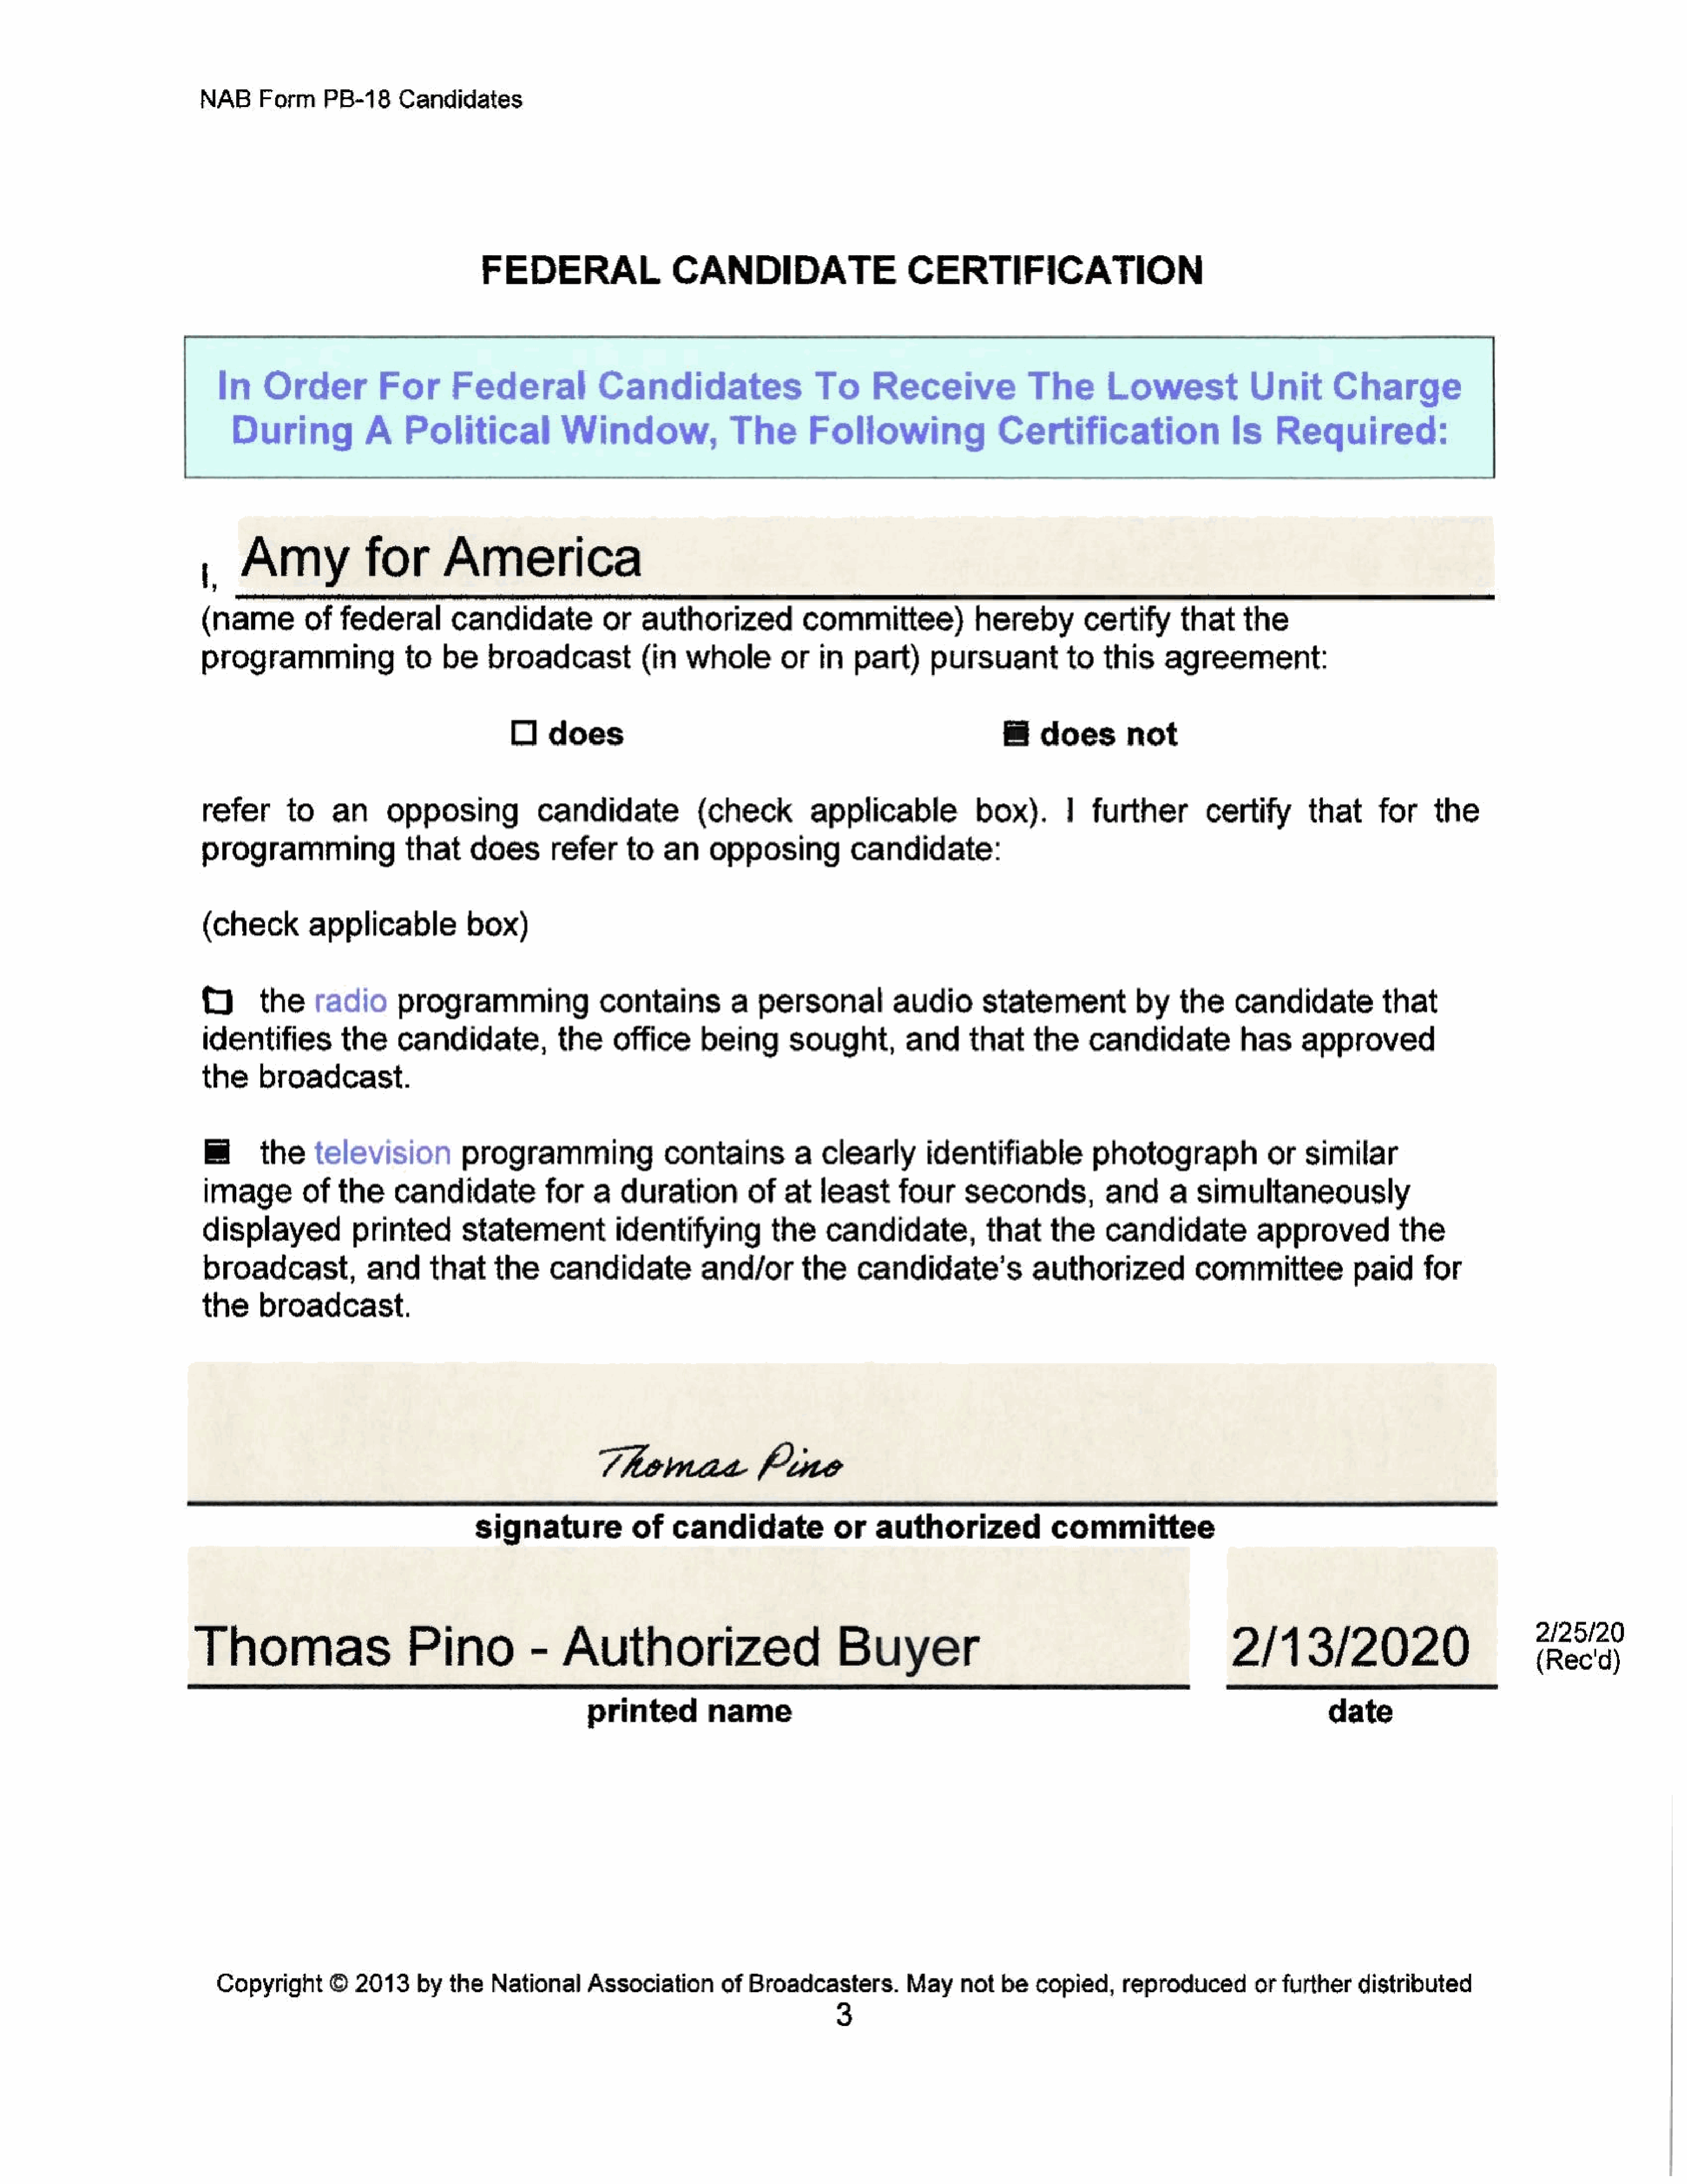
NAB     Form     PB-18      Candidates
 FEDERAL                    CANDIDATE                         CERTIFICATION
 In     Order           For        Federal              Candidates                     To      Receive               The        Lowest               Unit        Charge
 During             A     Political             Window,                 The         Following                  Certification                    Is     Required:
 ,,   Amy               for        America
 (name      of       federal         candidate            or    authorized             committee)              hereby          certify       that     the
 programming                  to   be     broadcast(in                whole         or   in   part)      pursuantto               this     agreement:
 O    does                                                                   does        not
 refer       to     an     opposing              candidate              (check          applicable              box).        |  further          certify       that      for     the
 programming                  that     doesrefer              to   an    opposing             candidate:
 (check         applicable             box)
 (0      the     radio       programming                  contains           a  personal            audio       statement              by    the     candidate            that
 identifies          the     candidate,             the     office      being        sought,          and      that     the     candidate            has      approved
 the     broadcast.
 the     television           programming                  containsa             clearly         identifiable           photograph               or similar
 image         of   the     candidate             for    a   duration          of   at   least      four      seconds,            and      a   simultaneously
 displayed             printed        statementidentifying                        the     candidate,             that     the     candidate             approved            the
 broadcast,             and      that      the     candidate            and/or         the     candidate's              authorized             committee              paid     for
 the     broadcast.
 Thomae                Pine
 signature             of    candidate              or    authorized               committee
 Thomas                  Pino                    -   Authorized                              Buyer                                                   2/13/2020                                   #57
 printed          name                                                                                     date
 Copyright       ©   2013     by  the   National      Association        of  Broadcasters.          May    not   be   copied,      reproducedorfurtherdistributed